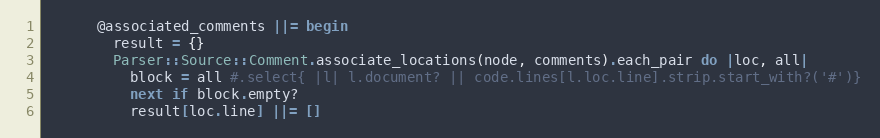
Language: Ruby
      @associated_comments ||= begin
        result = {}
        Parser::Source::Comment.associate_locations(node, comments).each_pair do |loc, all|
          block = all #.select{ |l| l.document? || code.lines[l.loc.line].strip.start_with?('#')}
          next if block.empty?
          result[loc.line] ||= []